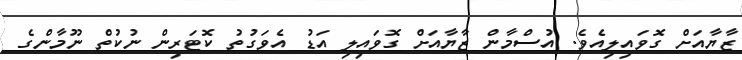
ޒާޔާއަށް ގޮވައިލިއެވެ. އުސްމާން ޒާޔާއަށް ގޮވައިލި އަޑު އެވަގުތު ކޮޓަރިން ނުކުތް ނޫމާންގެ